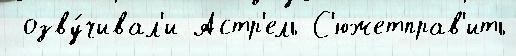
 озву́чивал'и Астр'ель С'южетправ'ить